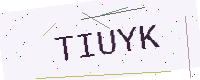
Text: TIUYK